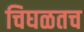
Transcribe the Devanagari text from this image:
चिघळतच